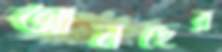
আনছের